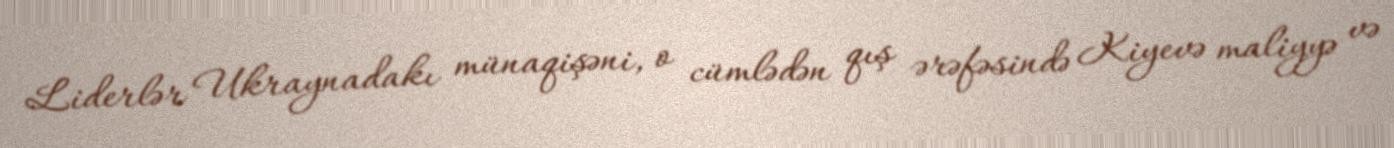
Liderlər Ukraynadakı münaqişəni, o cümlədən qış ərəfəsində Kiyevə maliyyə və